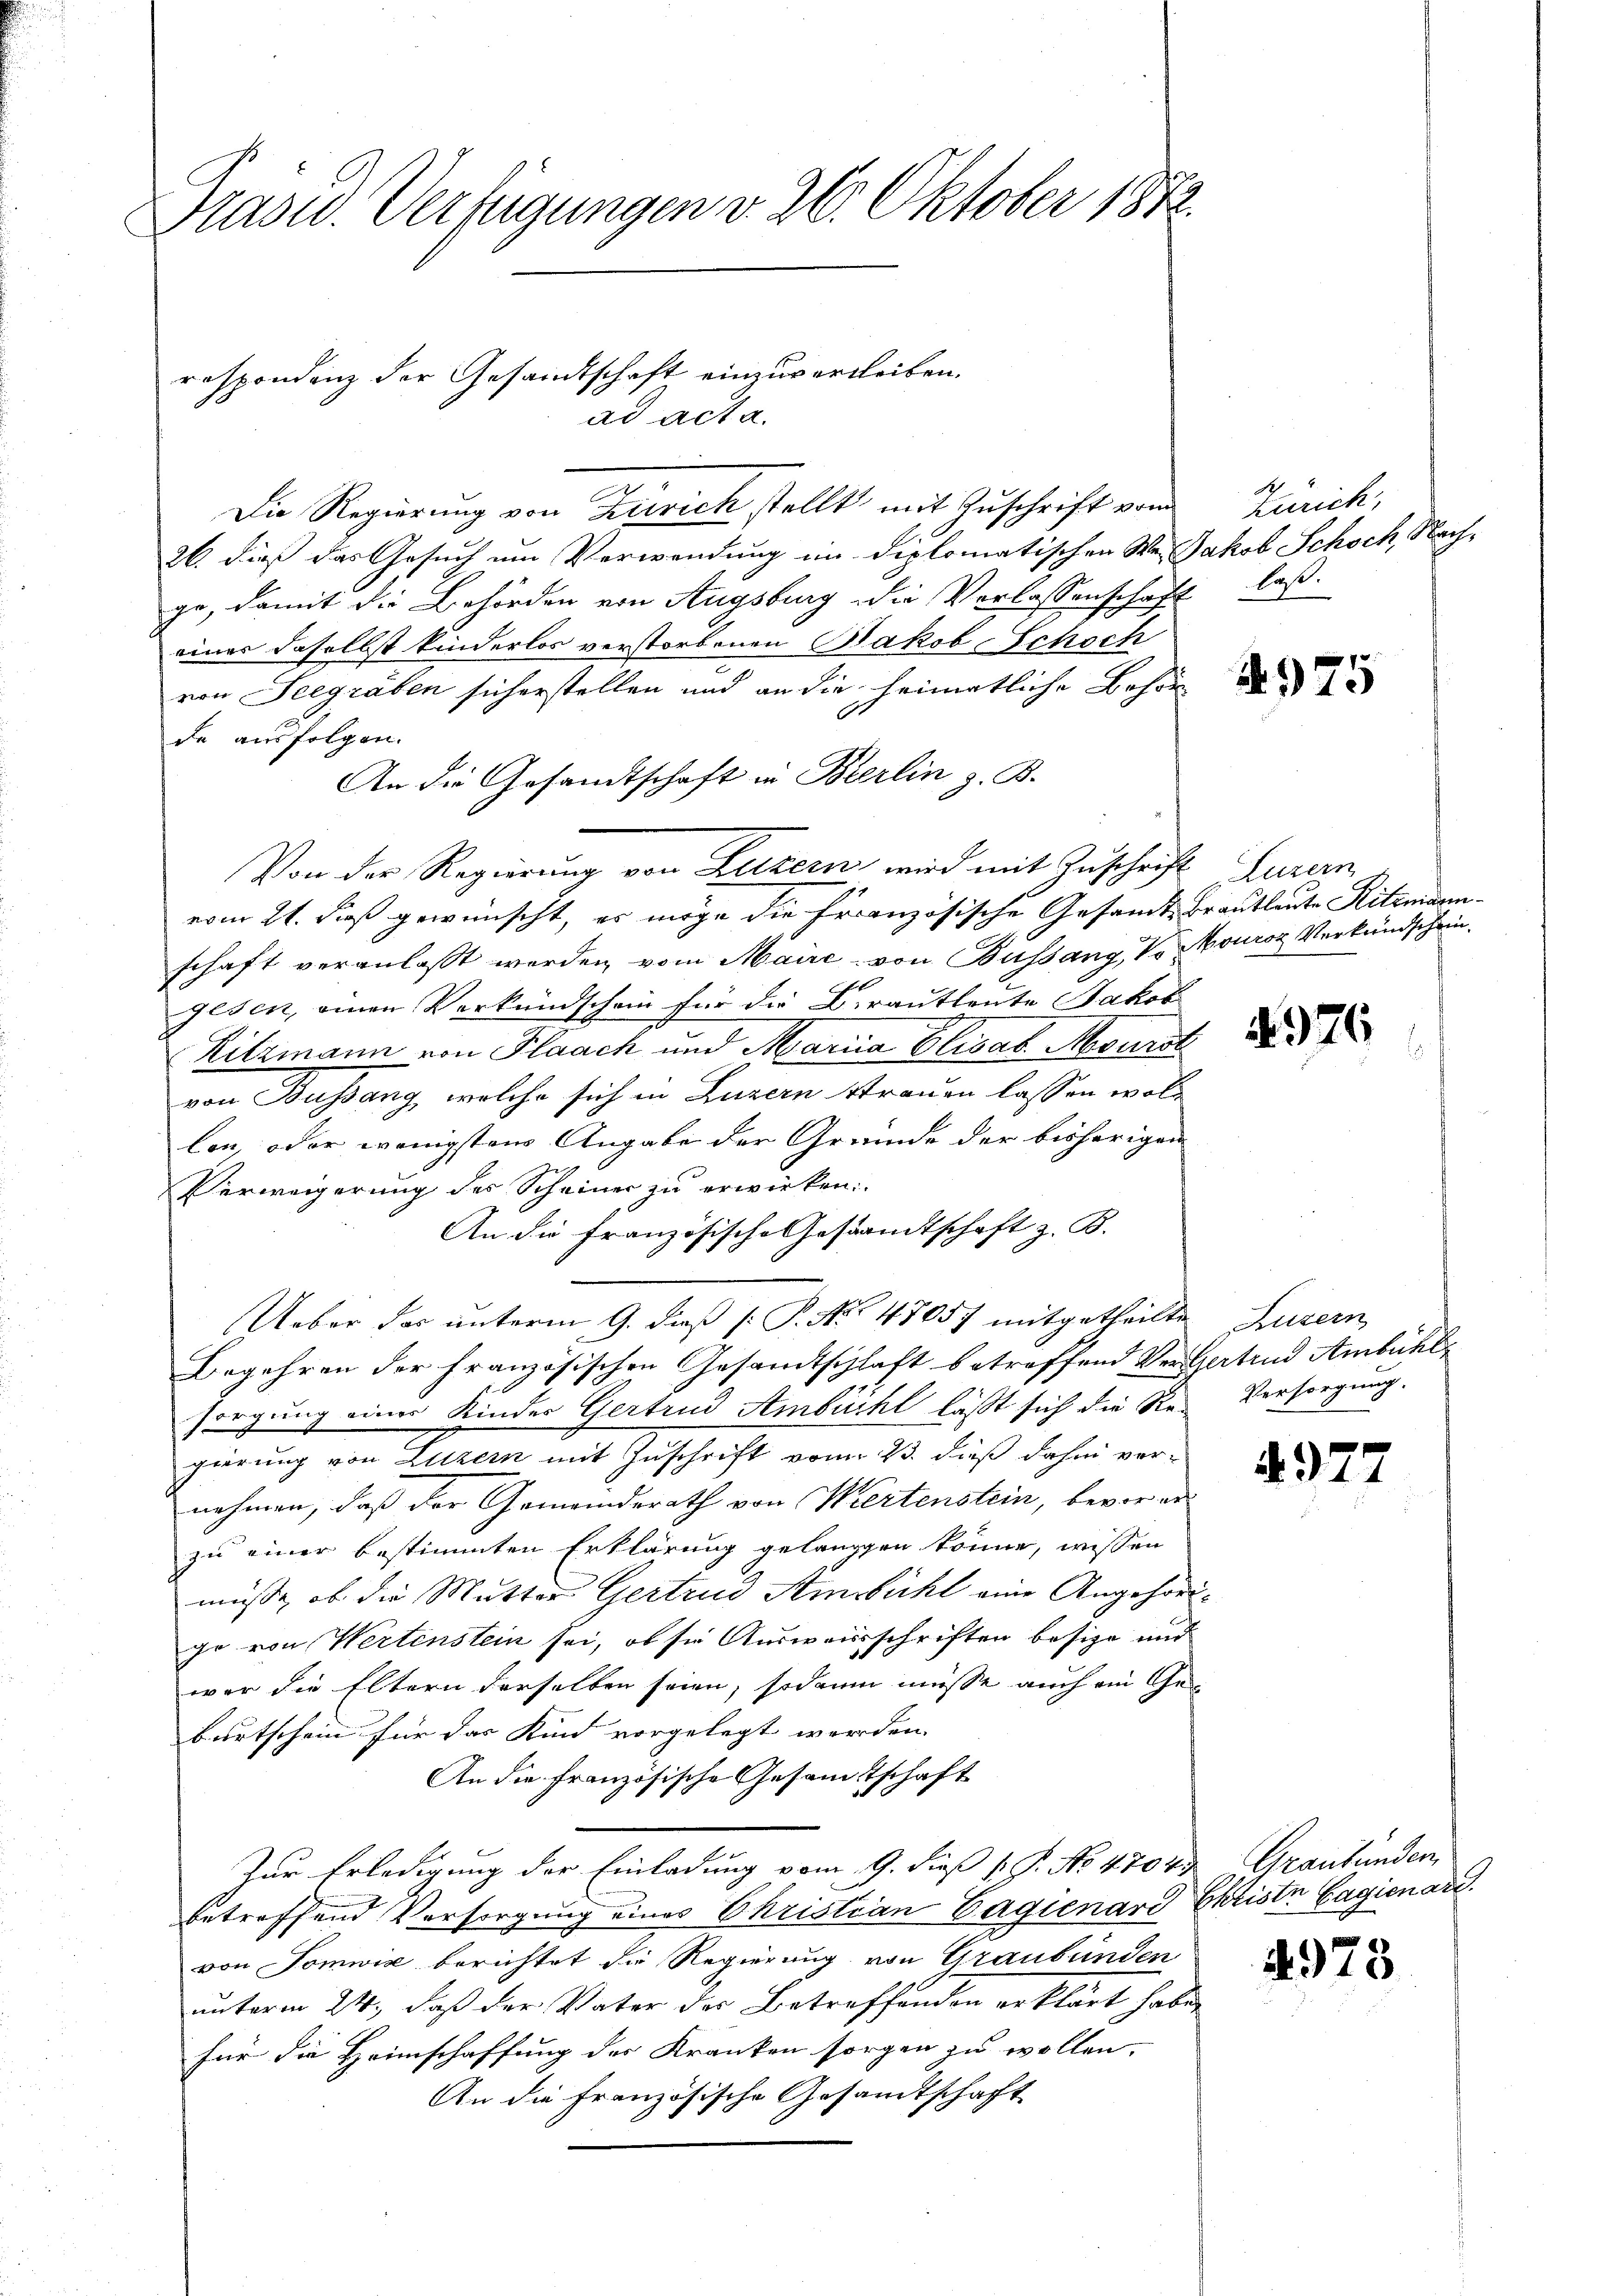
Präsid. Verfügungen v. 26. Oktober 1872.

respondenz der Gesandtschaft einzuverleiben.
ad acta.
Die Regierung von Zürich stellt mit Zuschrift vom
26. dieß das Gesuch um Verwendung im diplomatischen Wer Jakob Schoch, Nachge, damit die Behörden von Augsburg die Verlassenschaft laß
eines daselbst kinderlos verstorbenen Bakob Schoch
von Seegräben sicherstellen und an die heimatliche Behör
6
de ausfolgen.
An die Gesandtschaft in Berlin z. B.
vom 21. daß gewünscht, es möge die Französische Gesamte Brautleute Ritzmannschaft veranlaßt werden, vom Maire von Bussang, Vo Mouroz Verkündschein.
gesen, einen Verkundschein für die Brautleute Jakob
Ritzmann von Haach und Maria Elisab. Nbourst
von Bußang, welche sich in Luzern Strauen lassen wolle
len, oder wenigsten Angabe der Gründe der bisherigen
Verweigerung des Scheiner zu erwirken:
An die französische Gesandtschaft z. B.
Ueber das unterm 9. daß [ P. Nr. 47057 mitgetheilte Luzern
Begehren der französischen Gesandtschlaft betreffend Vertertend Ambühl
sorgung einer Kinder Gertrud Ambühl läßt sich die Re-
gierung von Luzern mit Zuschrift vom 23. dieß dahin ver-
nehmen, daß der Gemeindsrath von Wirtenstein, bevor erzu einer bestimmten Erklärung gelangen könne, wissen
müsse, ob die Mutter Gertrud Ambühl eine Angehörige von Wertenstein sei, ob sie Ausweisschriften besize und
war die Eltern derselben seien, sodann müsse auch ein Ge
burtschein für das Kind vorgelegt werden. |
An die französische Gesamtschaft
Zur Erledigung der Einladung vom 9. dieß v. J. No. 4704.
betreffend Versorgung eines Christian Gagienard Christe Gagienart.
von Somwise berichtet die Regierung von Graubünden
unterm 24. daß der Vater des Betreffenden erklärt habe
Für die Heimschaffung der Kranken sorgen zu wollen,
An die Französische Gesandtschaft

Von der Regierung von Luzern wird mit Zuschrift duran

d
Zürich,

4975

4976

Versorgung.

4972

Graubünden,

4973